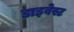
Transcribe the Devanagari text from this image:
डाइवेस्ट